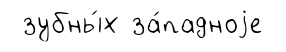
зубны́х за́падноjе